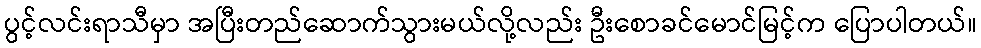
ပွင့်လင်းရာသီမှာ အပြီးတည်ဆောက်သွားမယ်လို့လည်း ဦးစောခင်မောင်မြင့်က ပြောပါတယ်။